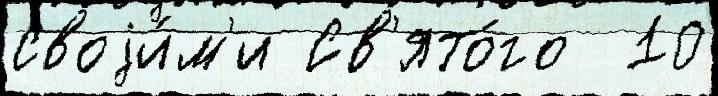
своjи́м'и Св'ято́го  10